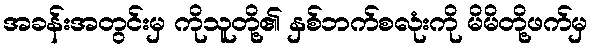
အခန်းအတွင်းမှ ကိုသူတို့၏ နှစ်ဘက်စလုံးကို မိမိတို့ဖက်မှ